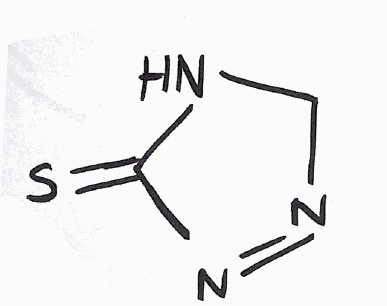
Simplified molecular-input line-entry system (SMILES) notation of the given molecule:
C1NC(=S)N=N1